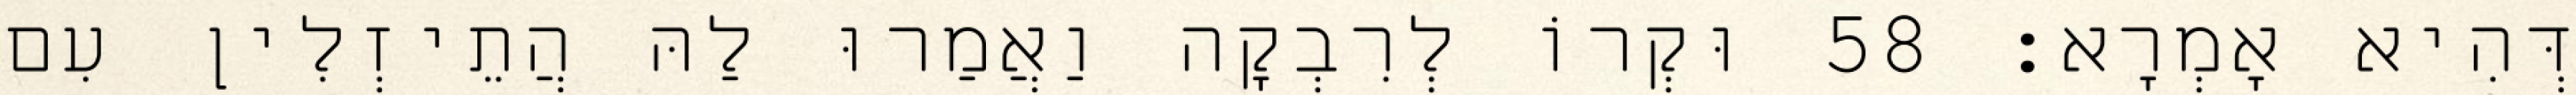
דְּהִיא אָמְרָא׃ 58 וּקְרוֹ לְרִבְקָה וַאֲמַרוּ לַהּ הֲתֵיזְלִין עִם